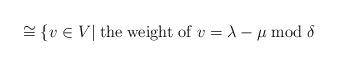
LaTeX: \begin{align*}\hspace{.8in} \cong \{ v \in V | {\rm \; the \; weight \; of \;} v =\lambda - \mu {\rm \; mod \;} \delta\end{align*}